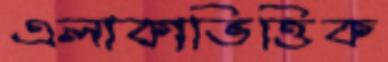
এলাকাভিত্তিক